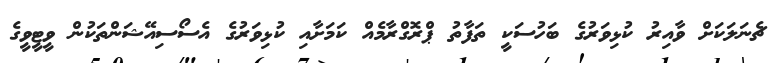
ޗެނަލަކަށް ވާއިރު ކުޅިވަރުގެ ބަހުސަކީ ތަފާތު ޕްރޮގްރާމެއް ކަމަށާއި ކުޅިވަރުގެ އެސޯސިއޭޝަންތަކުން ވީޓީވީގެ